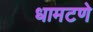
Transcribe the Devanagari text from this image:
धामटणे